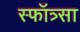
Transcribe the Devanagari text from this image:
स्फॉत्र्सा